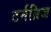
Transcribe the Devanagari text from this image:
टर्नब्रिज